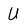
Character: U